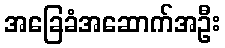
အခြေခံအဆောက်အဦး